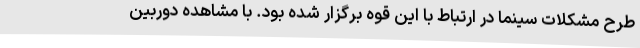
طرح مشكلات سينما در ارتباط با این قوه برگزار شده بود. با مشاهده دوربین